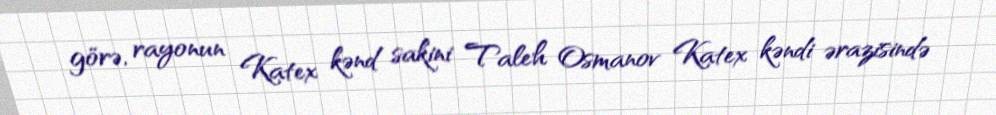
görə, rayonun Katex kənd sakini Taleh Osmanov Katex kəndi ərazisində